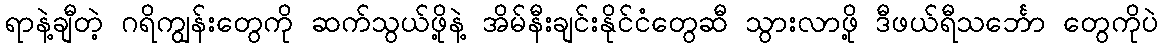
ရာနဲ့ချီတဲ့ ဂရိကျွန်းတွေကို ဆက်သွယ်ဖို့နဲ့ အိမ်နီးချင်းနိုင်ငံတွေဆီ သွားလာဖို့ ဒီဖယ်ရီသင်္ဘော တွေကိုပဲ